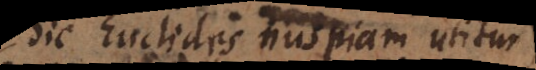
Sic Euclides nuspiam utitur